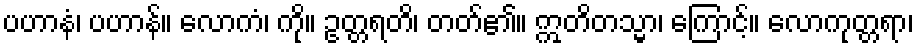
ပဟာနံ၊ ပဟာန်။ လောကံ၊ ကို။ ဥတ္တရတိ၊ တတ်၏။ ဣတိတသ္မာ၊ ကြောင့်။ လောကုတ္တရာ၊